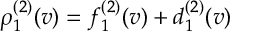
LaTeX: \rho _ { 1 } ^ { ( 2 ) } ( v ) = f _ { 1 } ^ { ( 2 ) } ( v ) + d _ { 1 } ^ { ( 2 ) } ( v )